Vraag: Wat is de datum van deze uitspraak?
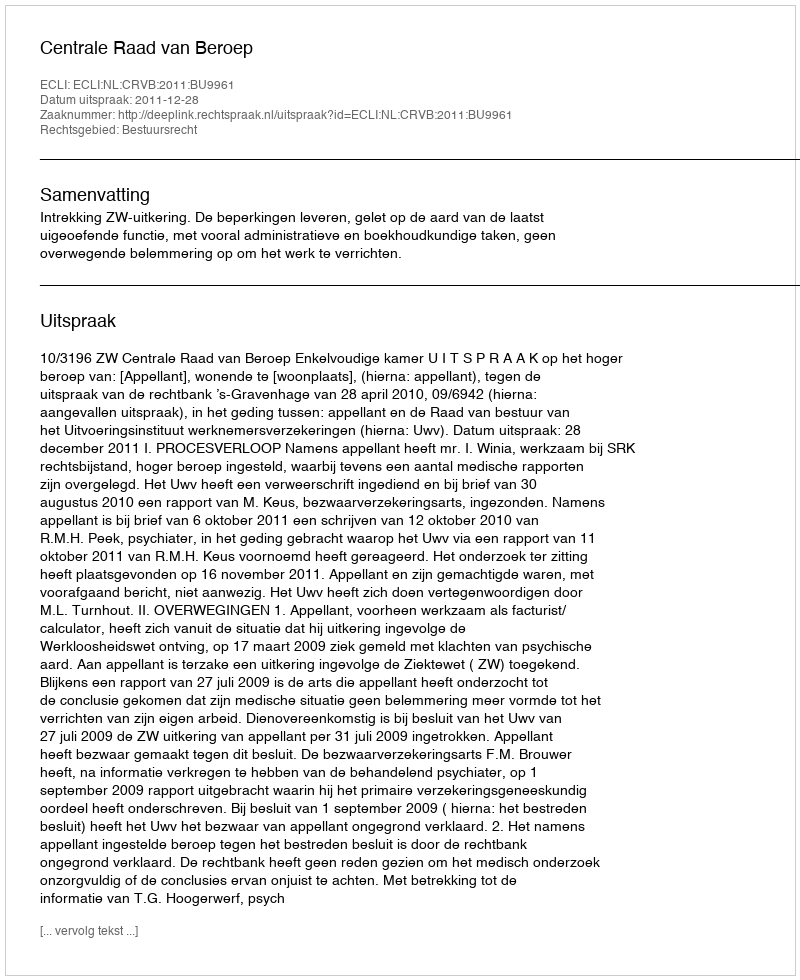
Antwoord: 2011-12-28